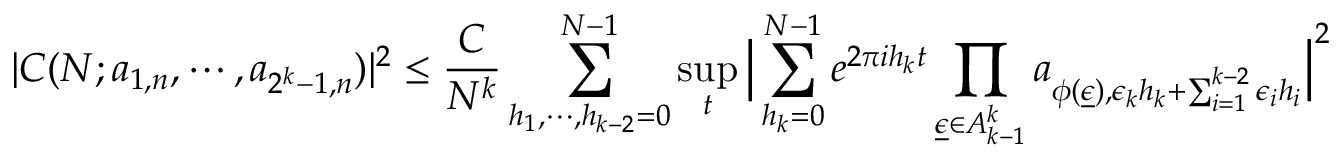
| C ( N ; a _ { 1 , n } , \cdots , a _ { 2 ^ { k } - 1 , n } ) | ^ { 2 } \le \frac { C } { N ^ { k } } \sum _ { h _ { 1 } , \cdots , h _ { k - 2 } = 0 } ^ { N - 1 } \operatorname* { s u p } _ { t } \Big | \sum _ { h _ { k } = 0 } ^ { N - 1 } e ^ { 2 \pi i h _ { k } t } \prod _ { \underline { { \epsilon } } \in A _ { k - 1 } ^ { k } } a _ { \phi ( \underline { { \epsilon } } ) , \epsilon _ { k } h _ { k } + \sum _ { i = 1 } ^ { k - 2 } \epsilon _ { i } h _ { i } } \Big | ^ { 2 }